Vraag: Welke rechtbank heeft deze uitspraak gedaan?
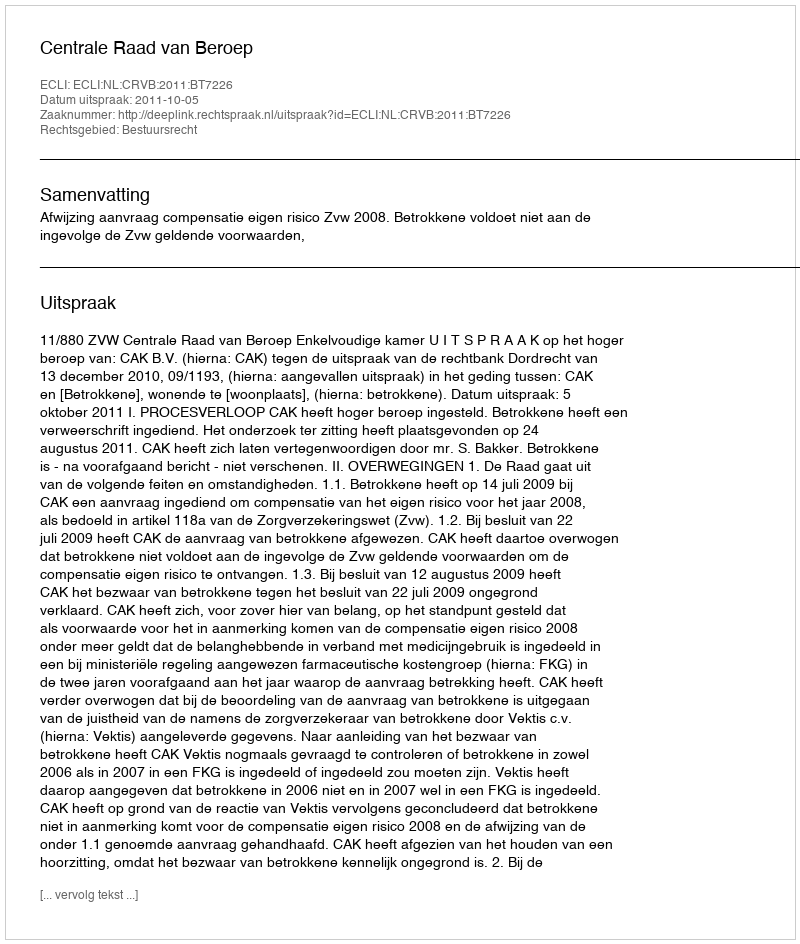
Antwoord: Centrale Raad van Beroep